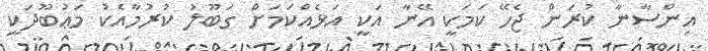
އިންސާނާ ކުރަން ޖެހޭ ކަމަކީ އޭނާ އަކީ އަޅެއްކަމަށް ގަބޫލު ކުރުމާއެކު މަޢުބޫދަކީ